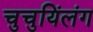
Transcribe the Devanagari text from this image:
चुचुयिंलंग